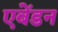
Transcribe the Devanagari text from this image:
एबेंडन